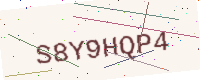
Text: S8Y9HQP4